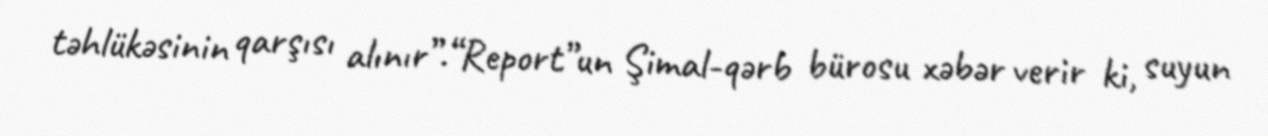
təhlükəsinin qarşısı alınır”.“Report”un Şimal-qərb bürosu xəbər verir ki, suyun